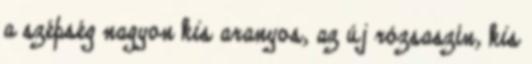
a szépség nagyon kis aranyos, az új rózsaszín, kis